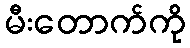
မီးတောက်ကို